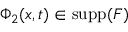
\Phi _ { 2 } ( x , t ) \in \mathrm { s u p p } ( F )